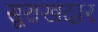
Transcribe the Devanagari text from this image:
सूराखदार